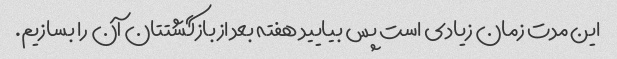
این مدت زمان زیادی است پس بیایید هفته بعد از بازگشتتان آن را بسازیم.